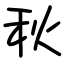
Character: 秋